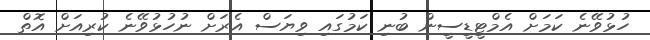
ހުޅުވޭނެ ކަމަށް އެމްޓީޑީސީން ބުނި ކަމުގައި ވިޔަސް އެރަށް ނުހުޅުވޭނެ ކުރިއަށް އޮތް